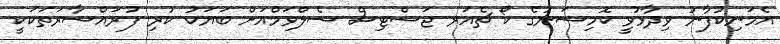
އެމަނިކުފާނު ވިދާޅުވީ ކޮމިޝަނުގެ ކޯ ޗެއަރ ޖަސްޓިސް ސެލްވަމްއަށް ބަޔަކު ކުރި ފުރައްސާރަތަކަކީ